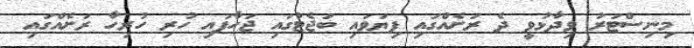
މިނިސްޓަރު ވިދާޅުވީ ދެ ރަށެއްގައި ފިޔަވައި ބަޖެޓުގައި ޖަހާފައި ހުރި ހުރިހާ ރަށެއްގައި